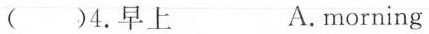
( )4.早上 A.morning